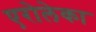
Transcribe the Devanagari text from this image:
एरोलेका